Parnu-Viljandi_kinnistusamet, lk 109
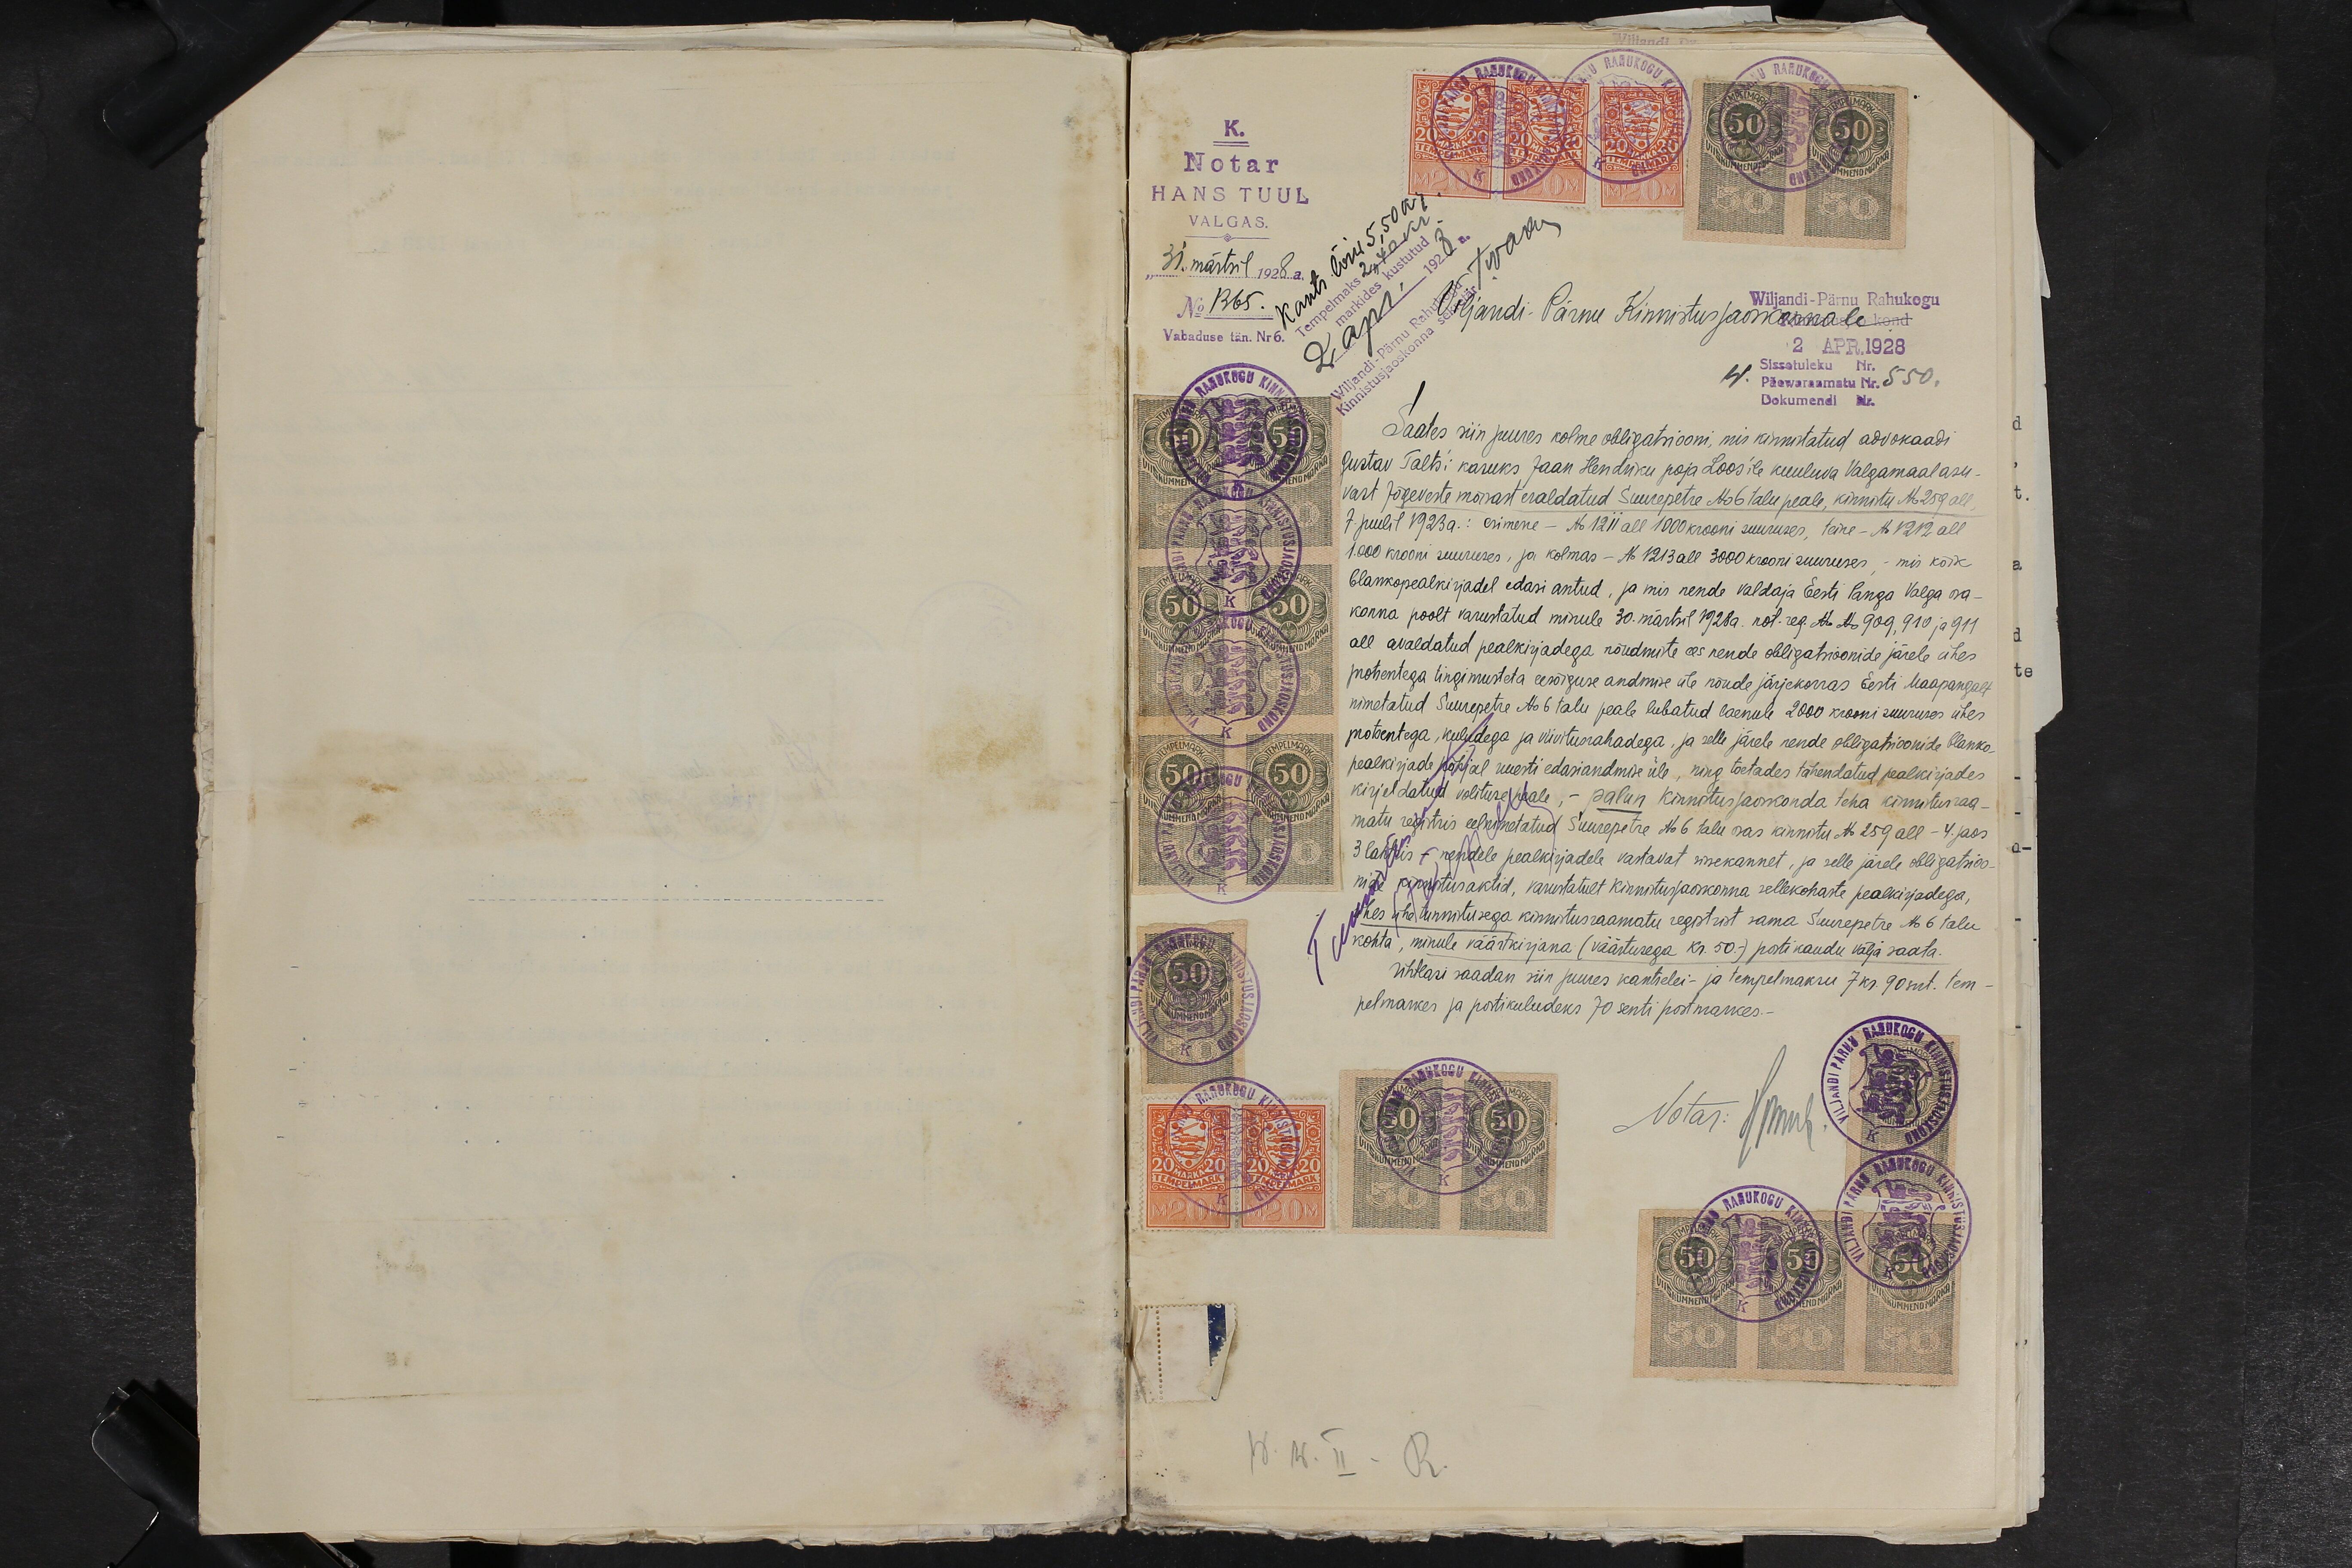
K.
Notar
HANS TUUL
VALGAS.
"31". märtsil 1928a.
No 1365.
Vabaduse tän. Nr 6.
Kants. lõiv 5,50 kr.
Tempelmaks 2,40 kr.
markides kustutud
2 apr. 1928a.
Wiljandi-Pärnu Rahukogu
Kinnistusjaoskonna sekretär TNaar
Viljandi-Pärnu Kinnistusjaokonnale
Wiljandi-Pärnu Rahukogu
2 APR. 1928
Sissetuleku Nr.
Päewaraamatu Nr. 550.
Dokumendi Nr.
Saates siin juures kolme obligatsiooni, mis kinnistatud advokaadi
Gustav Talts´i kasuks Jaan Hendriku poja Loos'ile kuuluva Valgamaal asu-
vast Jõgeveste mõisast eraldatud Suurepetre No 6 talu peale, kinnistu No 259 all,
7. juulil 1923 a.: esimene - No 1211 all 1000 krooni suuruses, teine - No 1212 all
1.000 krooni suuruses, ja kolmas - No 1213 all 3000 krooni suuruses, - mis kõik
blankopealkirjadel edasi antud, ja mis nende valdaja Eesti Panga Valga osa-
konna poolt varustatud minule 30. märtsil 1928a. not. reg. No No 909, 910 ja 911
all avaldatud pealkirjadega nõudmiste ees nende obligatsioonide järele ühes
protsentega tingimusteta eesõiguse andmise üle nõude järjekorras Eesti Maapangalt
nimetatud Suurepetre No 6 talu peale lubatud laenule 2000 krooni suuruses ühes
protsentega, kuludega ja viivitusrahadega, ja selle järele nende obligatsioonide blanko-
pealkirjade põhjal uuesti edasiandmise üle, ning toetades tähendatud pealkirjades
kirjeldatud volituse peale, - palun kinnistusjaoskonda teha kinnistusraa-
matu registris eelnimetatud Suurepetre No 6 talu osas kinnistu No 259 all - 4. jaos
3 lahtis - nendele pealkirjadele vastavat sissekannet, ja selle järele obligatsioo-
nide kinnistusaktid, varustatult kinnistusjaoskonna sellekohaste pealkirjadega,
ühes ühe tunnistusega kinnistusraamatu registrist sama Suurepetre No 6 talu
kohta, minule väärtkirjana (väärtusega kr. 50.-) posti kaudu välja saata.
Ühtlasi saadan siin juures kantselei- ja tempelmaksu 7 kr. 90 snt. tem-
pelmarkes ja postikuludeks 70 senti postmarkes.-

Notar: HTuul